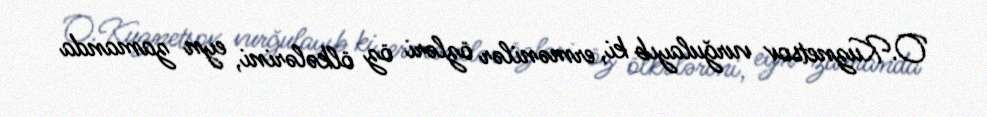
O.Kuznetsov vurğulayıb ki, ermənilər özləri öz ölkələrini, eyn zamanda